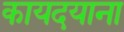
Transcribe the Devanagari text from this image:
कायदयाना